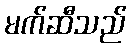
မက်ဆီသည်